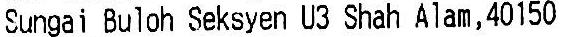
SUNGAI BULOH SEKSYEN U3 SHAH ALAM, 40150